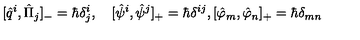
[ \hat { q } ^ { i } , \hat { \Pi } _ { j } ] _ { - } = \hbar \delta _ { j } ^ { i } , \quad [ \hat { \psi } ^ { i } , \hat { \psi } ^ { j } ] _ { + } = \hbar \delta ^ { i j } , [ \hat { \varphi } _ { m } , \hat { \varphi } _ { n } ] _ { + } = \hbar \delta _ { m n }